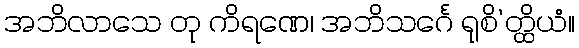
အဘိလာသေ တု ကိရဏေ၊ အဘိသင်္ဂေ ရုစိ’တ္ထိယံ။